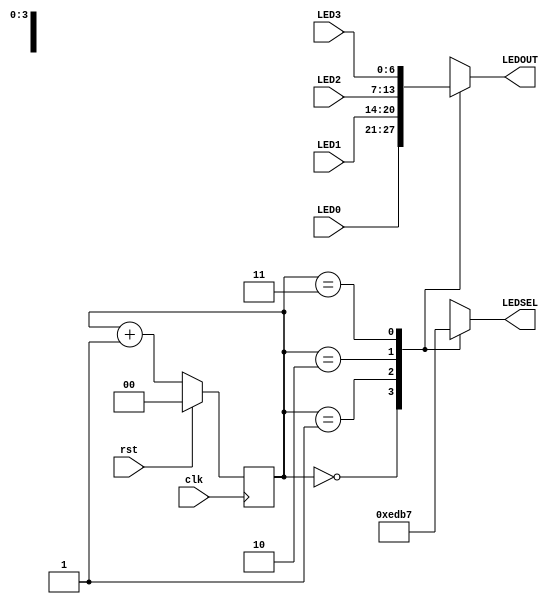
`timescale 1ns / 1ps
//////////////////////////////////////////////////////////////////////////////////
// Company: 
// Engineer: 
// 
// Design Name: 
// Module Name: LED_MUX
// Project Name: 
// Target Devices: 
// Tool Versions: 
// Description: 
// 
// Dependencies: 
// 
// Revision:
// Revision 0.01 - File Created
// Additional Comments:
// 
//////////////////////////////////////////////////////////////////////////////////


module LED_MUX (clk, rst, LED0, LED1, LED2, LED3, LEDOUT, LEDSEL);
    input clk, rst;
    input [6:0] LED0, LED1, LED2, LED3;
    output[3:0] LEDSEL;
    output[6:0] LEDOUT;
    reg [3:0] LEDSEL;
    reg [6:0] LEDOUT;
    reg [1:0] index;
    
always @(posedge clk)
begin
    if(rst)
        index = 0;
    else
        index = index + 1;
end
    
always @(index or LED0 or LED1 or LED2 or LED3)
begin
    case(index)
    0: begin
        LEDSEL = 4'b1110;
        LEDOUT = LED0;
    end
    1: begin
        LEDSEL = 4'b1101;
        LEDOUT = LED1;
    end
    2: begin
        LEDSEL = 4'b1011;
        LEDOUT = LED2;
    end
    3: begin
        LEDSEL = 4'b0111;
        LEDOUT = LED3;
    end
    default: begin
        LEDSEL = 0; LEDOUT = 0;
    end
    endcase
end
endmodule